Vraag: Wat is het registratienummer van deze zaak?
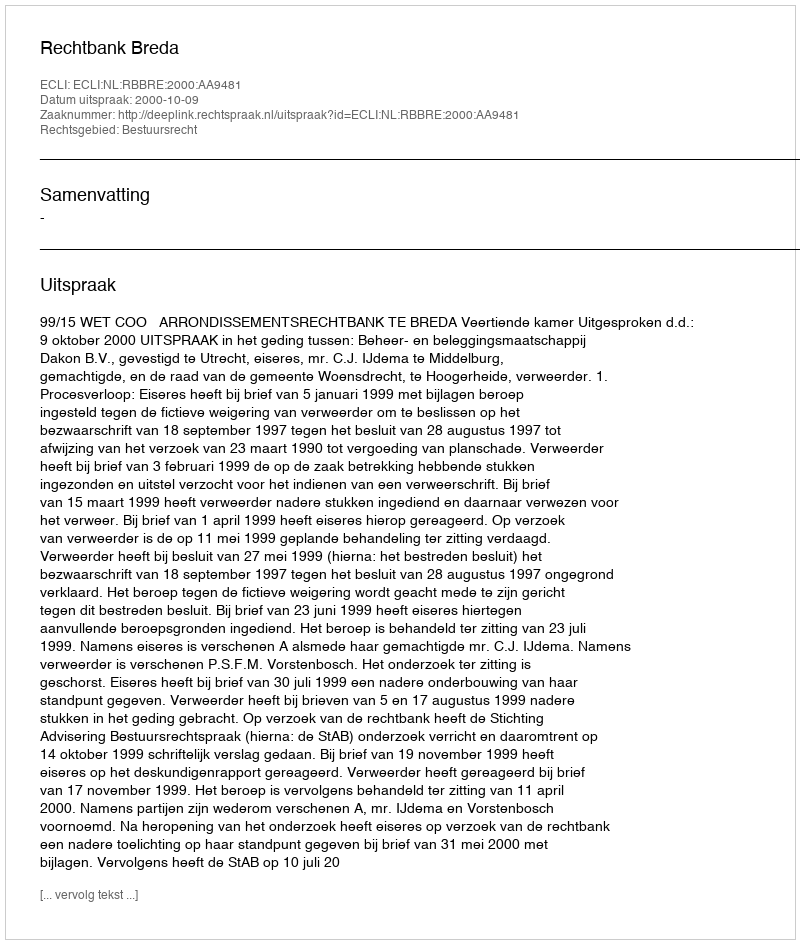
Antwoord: http://deeplink.rechtspraak.nl/uitspraak?id=ECLI:NL:RBBRE:2000:AA9481